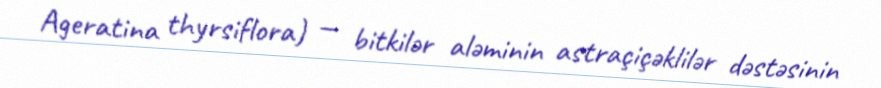
Ageratina thyrsiflora) — bitkilər aləminin astraçiçəklilər dəstəsinin